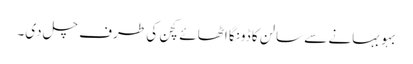
بہو بہانے سے سالن کا ڈونگا اٹھائے کچن کی طرف چل دی۔